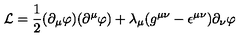
{ \cal L } = \frac { 1 } { 2 } ( \partial _ { \mu } \varphi ) ( \partial ^ { \mu } \varphi ) + \lambda _ { \mu } ( g ^ { \mu \nu } - \epsilon ^ { \mu \nu } ) \partial _ { \nu } \varphi